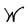
Character: W